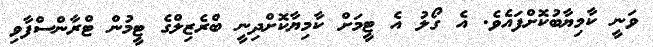
ވަނީ ކާމިޔާބުކޮށްފައެވެ. އެ ގޯލު އެ ޓީމަށް ކާމިޔާކޮށްދިނީ ބްރެޒިލްގެ ޓީމުން ޓްރާންސްފާވި